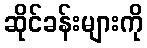
ဆိုင်ခန်းများကို